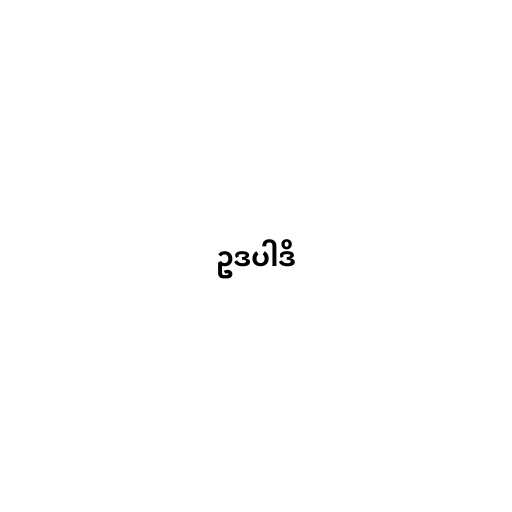
ဥဒပါဒိ